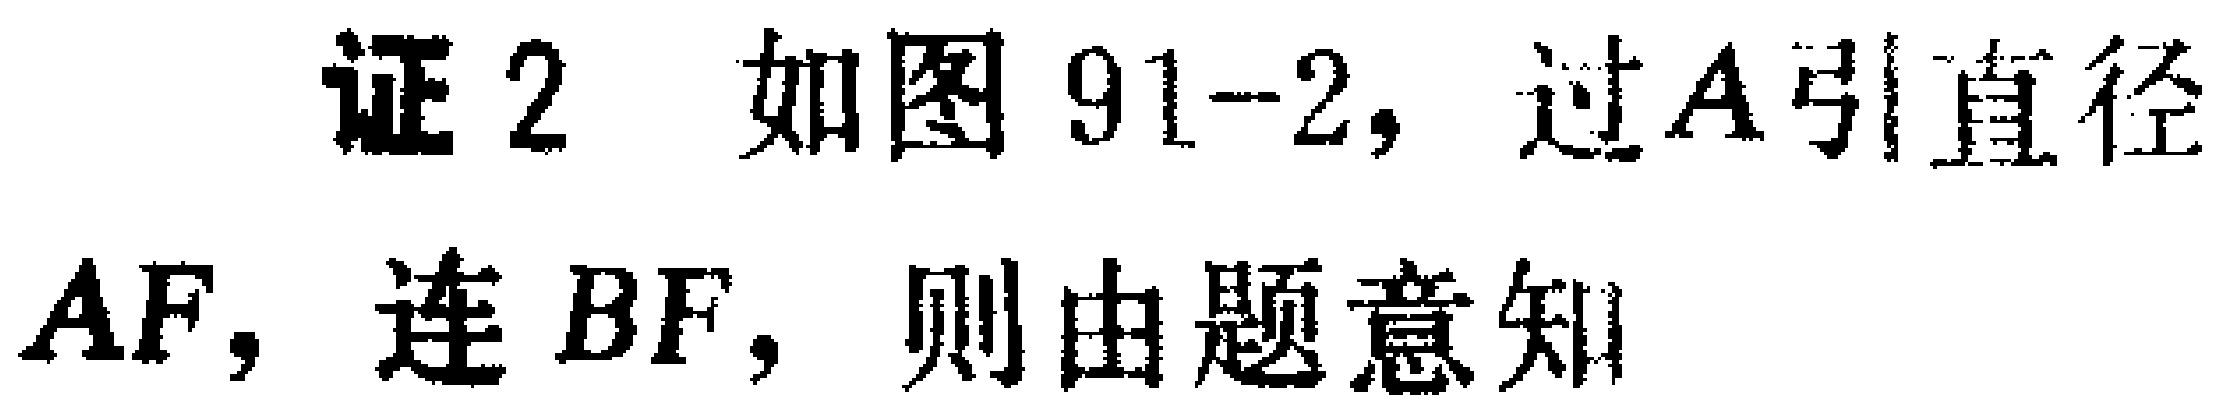
证 2 如图 91-2, 过\(A\)引直径\(AF\)，连 \(BF\)，则由题意知